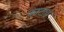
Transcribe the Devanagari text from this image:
फाटता